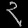
Digit: ၃